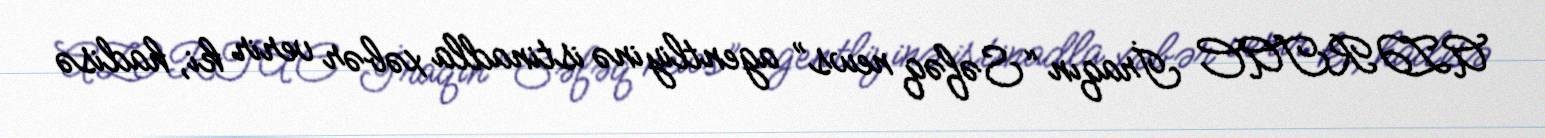
AZƏRTAC İraqın “Səfəq news” agentliyinə istinadla xəbər verir ki, hadisə